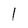
Character: 1